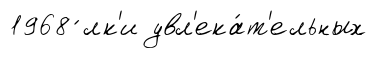
1968 ́лк'и увл'ека́т'ельных